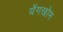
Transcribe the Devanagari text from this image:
येंगखोम